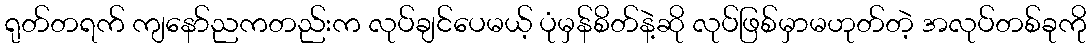
ရုတ်တရက် ကျနော်ညကတည်းက လုပ်ချင်ပေမယ့် ပုံမှန်စိတ်နဲ့ဆို လုပ်ဖြစ်မှာမဟုတ်တဲ့ အလုပ်တစ်ခုကို